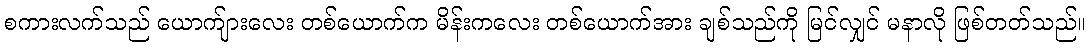
စကားလက်သည် ယောက်ျားလေး တစ်ယောက်က မိန်းကလေး တစ်ယောက်အား ချစ်သည်ကို မြင်လျှင် မနာလို ဖြစ်တတ်သည်။